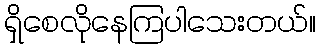
ရှိစေလိုနေကြပါသေးတယ်။